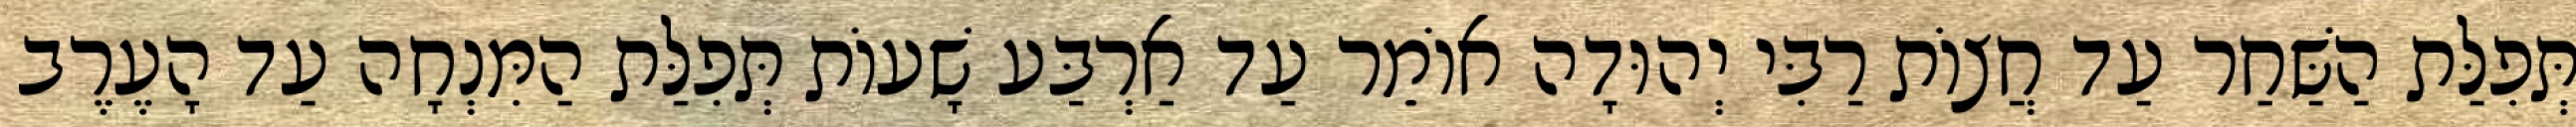
תְּפִלַּת הַשַּׁחַר עַד חֲצוֹת רַבִּי יְהוּדָה אוֹמֵר עַד אַרְבַּע שָׁעוֹת תְּפִלַּת הַמִּנְחָה עַד הָעֶרֶב